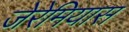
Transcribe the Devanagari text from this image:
जेरेमियास